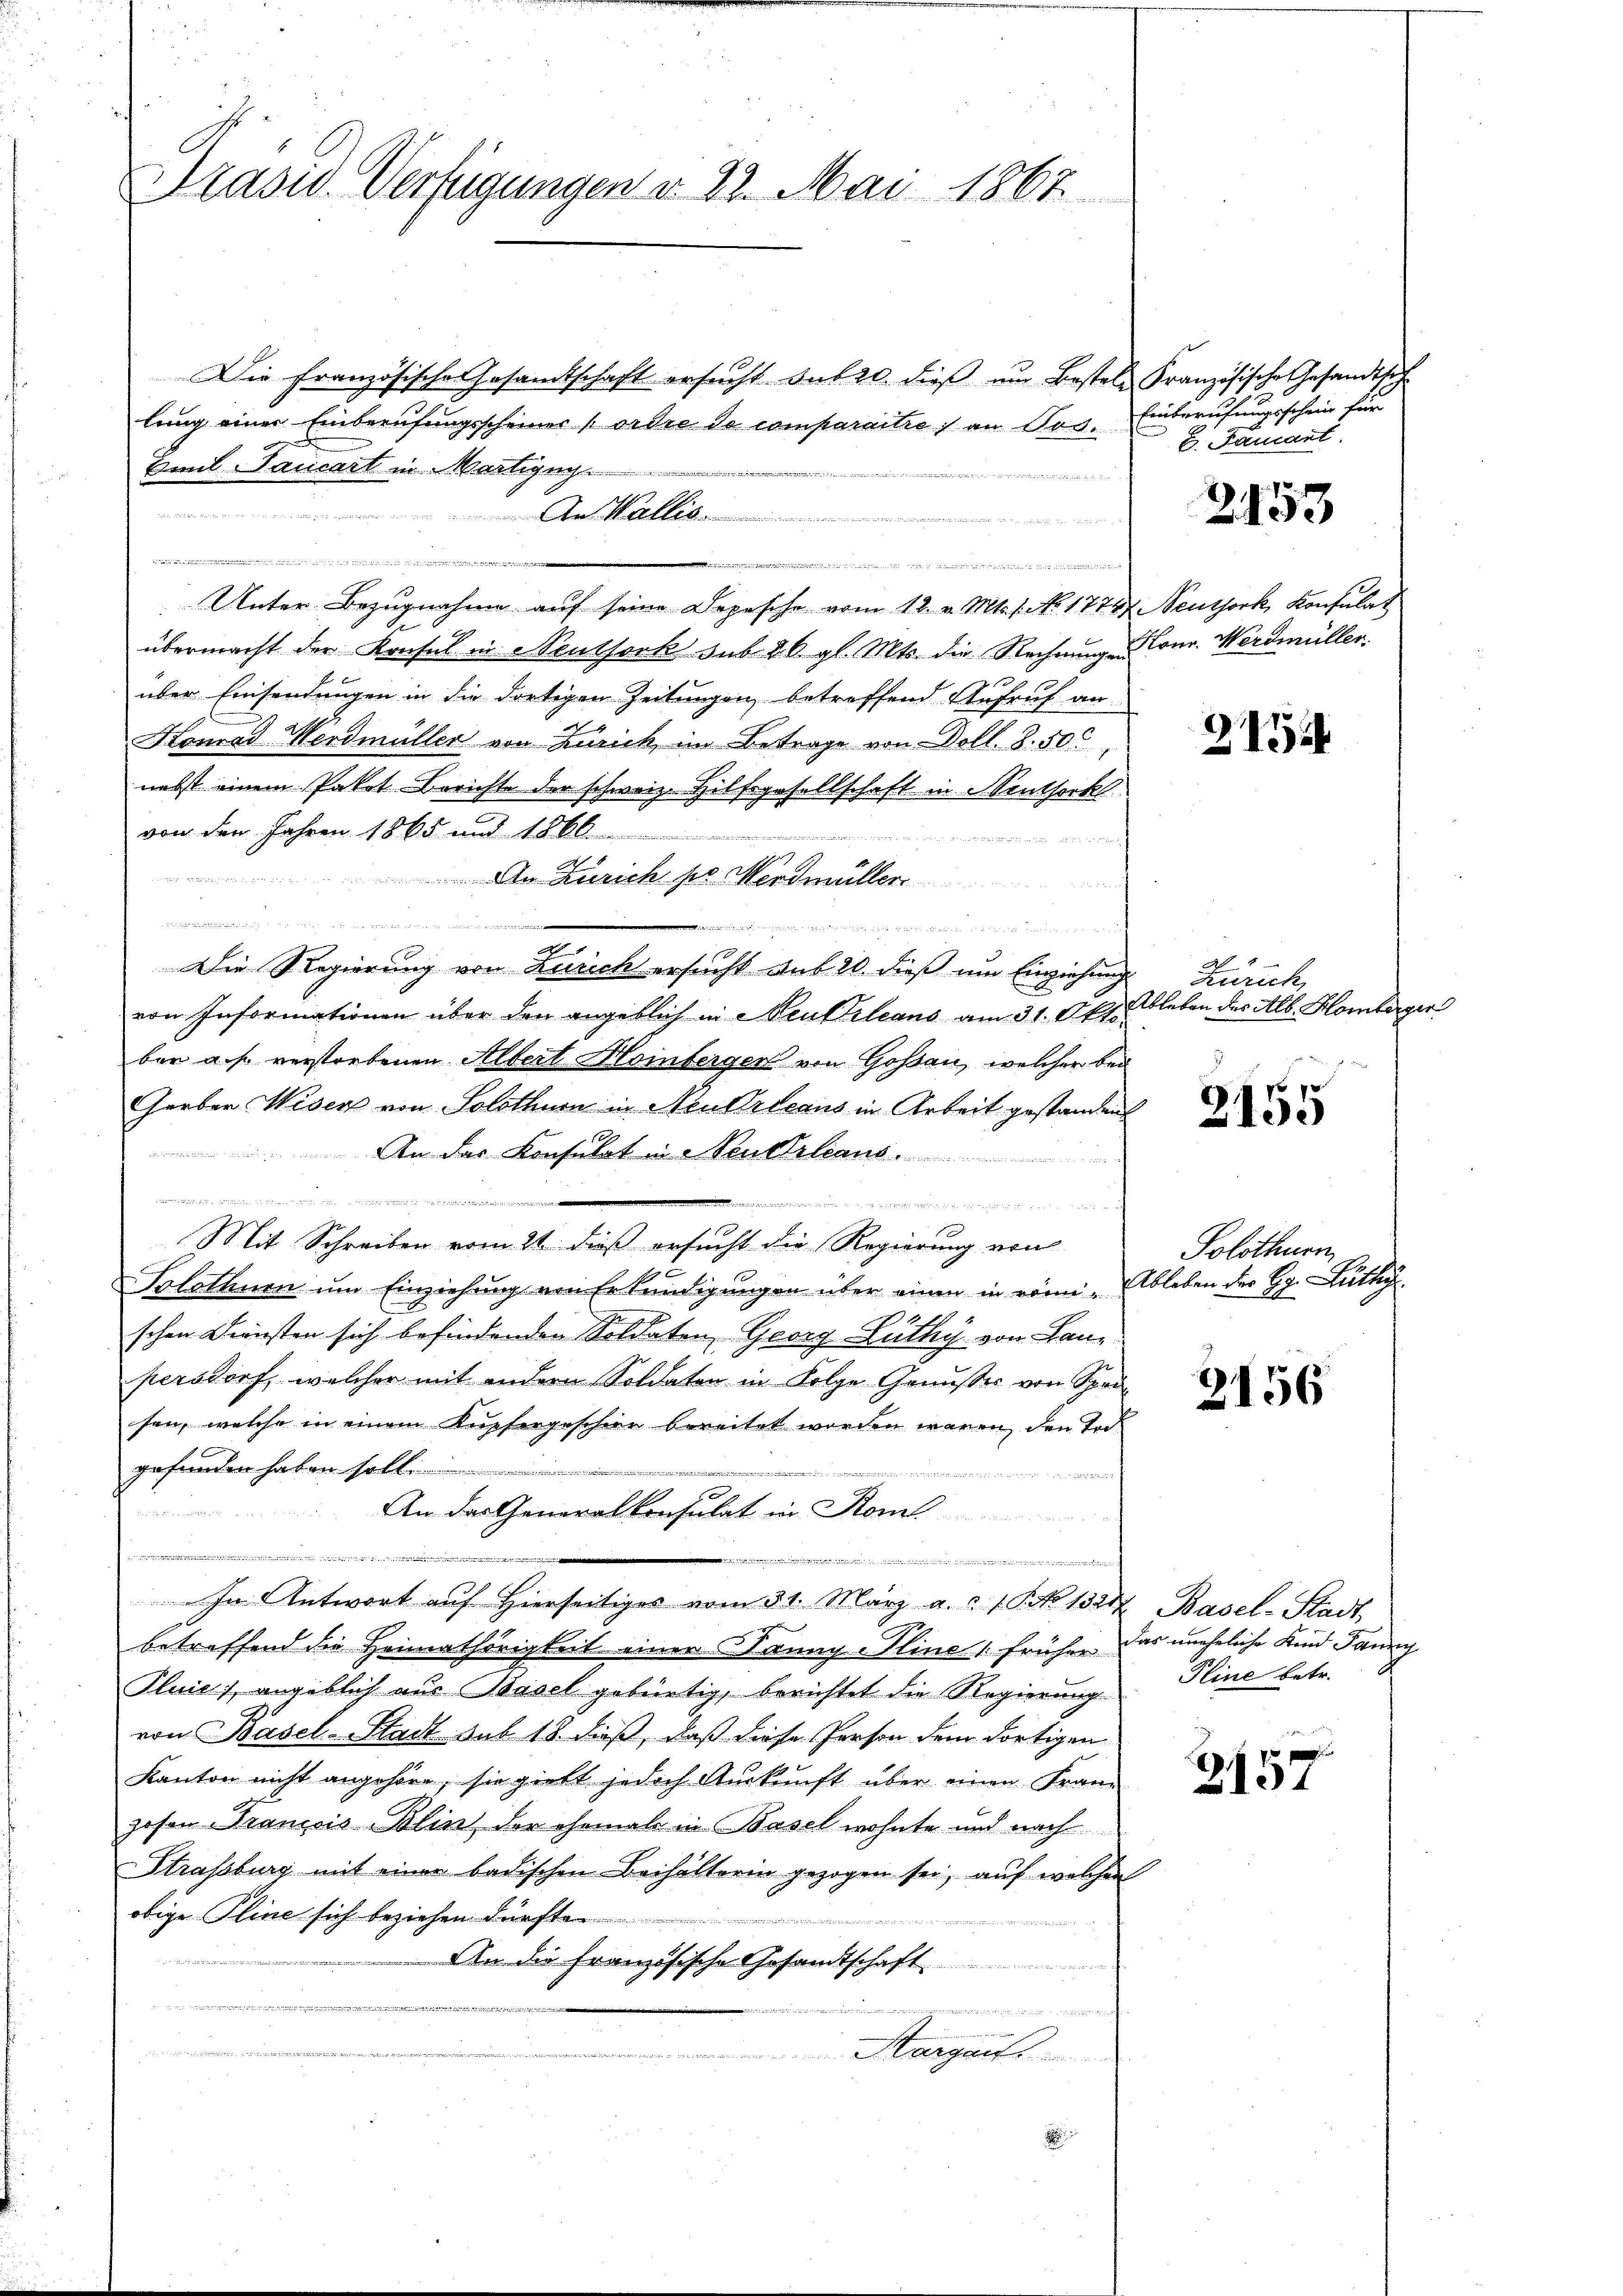
Die französische Gesandtschaft ersŭcht sub 20. dieβ ŭm Bestele Französische Gesandt sich
lung einer Einberufungsscheiner (ordre de comparaitre, an Jos.
Emil Taucart in Martigng....................
  und d

per
Wallis
ten
Unter Bezugnahme auf seine Depesche vom 12. v. Mts. 1. No 1774. Neuthork, Konsulat
übermacht der Konsul in Neuthork sub 26. gl. Mts. die Rechnungen Conr. Werdmüller
über Einsendungen in die dortigen Zeitungen betreffend Aufruf an
Konrad Werdmüller von Zürich im Betrage von Doll. S. 50
nebst einem Paket Berichte der schweiz. Hilfsgesellschaft in entserkl
von den Jahren 1865 und 1866

An Zürich pr. Werdmüller
n
 nehmen, wenn ich was an den
z
Die Regierung von Zürich ersucht aus 20. dieß um Einziehung
von Informationen über den angeblich in Neukrleans am 31. Okto
ber aus verstorbenen Albert Mointergen von Goßau, welcher bei
Gerber Wesen von Solothur in Neukrdeaus in Arbeit gestanden
An der Konsulat in Neukrleans

at

e
Mit Schreiben vom 21 dieß ersucht die Regierung von
Solothurn um Einziehung von Erkundigungen über einen in röm. Ableben der Hr. Lüthy
schen Diensten sich befindenden Soldaten Georg Lüthy von Lanpersdorf, welcher mit andern Soldaten in Folge Genusses von Spedi
sen, welche in einem Kupfergeschier bereitet worden wären, den Tod
gefunden haben soll..................................

2
An das Generalkonsulat in Rom
e
ni
 133.
 essenen einen einer einer diese des
In Antwort auf Hierseitiges vom 31. März a. c. 1. No 1324 Basel-Stadt,
betreffend die Heimathörigkeit einer Banng Pline früher das uneheliche Kind Janny
Pluies, angeblich aus Basel gebürtig, berichtet die Regierung. Pline betr.
von Basel-Stadt sub 18. dieß, daß diese Person dem dortigen
Kanton nicht angehöre, sie giebt jedoch Auskunft über einen Franzosen Krancois-Blins der ehemals in Basel wohnte und nach
Strassburg mit einer badischen Beihalterin gezogen sei, auf welchen
obige Pline sich beziehen dürfte
An die französische Gesandtschaft.
e
e

aengen der
Margau
 2

Präsid. Verfügungen v. 23. Mai 1867

Friede

Einberufungsschein für
E. Famant.

2153

2154

1
Zürich,
Ableben des Alb. Homberger

2155

Solothurn

2156

3157